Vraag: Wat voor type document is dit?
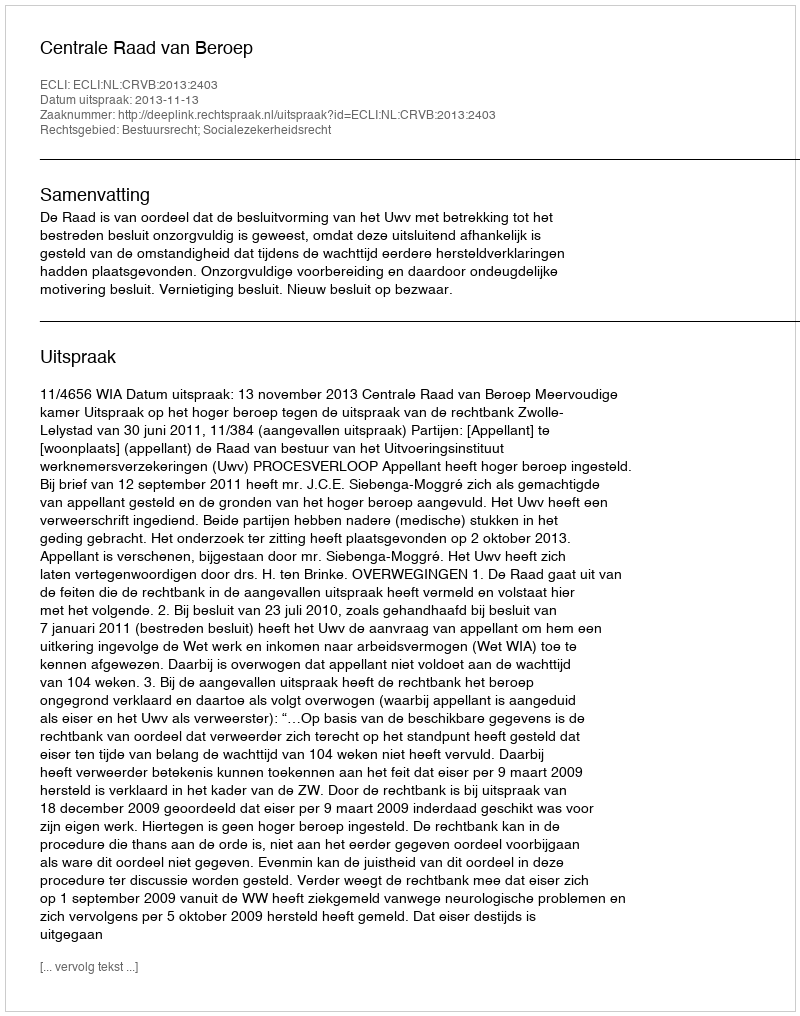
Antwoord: Uitspraak